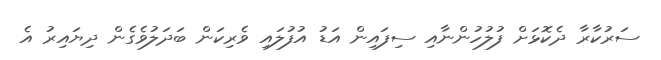
ސަރުކާރާ ދެކޮޅަށް ފުލުހުންނާއި ސިފައިން އަޑު އުފުލައި ވެރިކަން ބަދަލުވެގެން ދިޔައިރު އެ